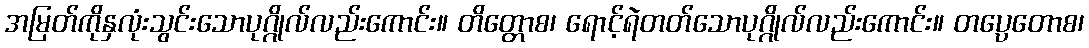
အမြတ်ကိုနှလုံးသွင်းသောပုဂ္ဂိုလ်လည်းကောင်း။ တိတ္တောစ၊ ရောင့်ရဲတတ်သောပုဂ္ဂိုလ်လည်းကောင်း။ တပ္ပေတောစ၊